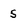
Character: 5